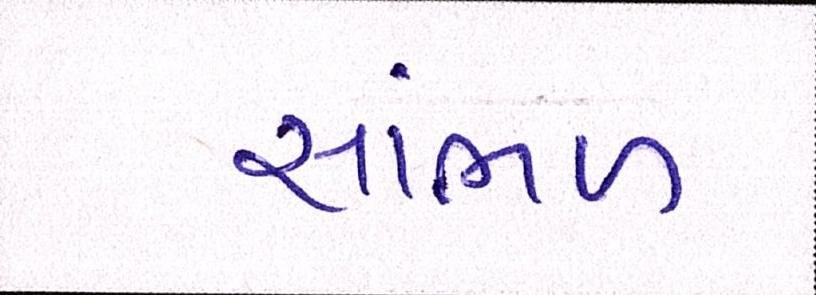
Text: સાંભળ